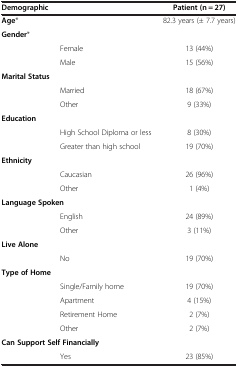
<table><thead><tr><td><b>Demographic</b></td><td><b> </b></td><td><b>Patient (n = 27)</b></td></tr></thead><tbody><tr><td colspan="2"><b>Age</b>*</td><td>82.3 years (± 7.7 years)</td></tr><tr><td colspan="2"><b>Gender</b>*</td><td> </td></tr><tr><td> </td><td>Female</td><td>13 (44%)</td></tr><tr><td> </td><td>Male</td><td>15 (56%)</td></tr><tr><td colspan="2"><b>Marital Status</b></td><td> </td></tr><tr><td> </td><td>Married</td><td>18 (67%)</td></tr><tr><td> </td><td>Other</td><td>9 (33%)</td></tr><tr><td colspan="2"><b>Education</b></td><td> </td></tr><tr><td> </td><td>High School Diploma or less</td><td>8 (30%)</td></tr><tr><td> </td><td>Greater than high school</td><td>19 (70%)</td></tr><tr><td colspan="2"><b>Ethnicity</b></td><td> </td></tr><tr><td> </td><td>Caucasian</td><td>26 (96%)</td></tr><tr><td> </td><td>Other</td><td>1 (4%)</td></tr><tr><td colspan="2"><b>Language Spoken</b></td><td> </td></tr><tr><td> </td><td>English</td><td>24 (89%)</td></tr><tr><td> </td><td>Other</td><td>3 (11%)</td></tr><tr><td colspan="2"><b>Live Alone</b></td><td> </td></tr><tr><td> </td><td>No</td><td>19 (70%)</td></tr><tr><td colspan="2"><b>Type of Home</b></td><td> </td></tr><tr><td> </td><td>Single/Family home</td><td>19 (70%)</td></tr><tr><td> </td><td>Apartment</td><td>4 (15%)</td></tr><tr><td> </td><td>Retirement Home</td><td>2 (7%)</td></tr><tr><td> </td><td>Other</td><td>2 (7%)</td></tr><tr><td colspan="2"><b>Can Support Self Financially</b></td><td> </td></tr><tr><td> </td><td>Yes</td><td>23 (85%)</td></tr></tbody></table>